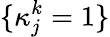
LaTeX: \{ \kappa_{j}^{k}=1\}